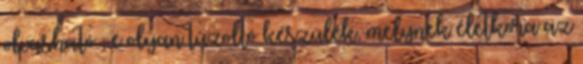
olvasható , e olyan tûzoltó készülék, melynek életkora az